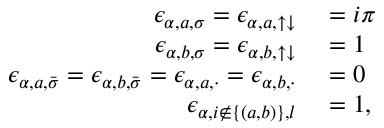
\begin{array} { r l } { \epsilon _ { \alpha , a , \sigma } = \epsilon _ { \alpha , a , \uparrow \downarrow } } & { { } = i \pi } \\ { \epsilon _ { \alpha , b , \sigma } = \epsilon _ { \alpha , b , \uparrow \downarrow } } & { { } = 1 } \\ { \epsilon _ { \alpha , a , \bar { \sigma } } = \epsilon _ { \alpha , b , \bar { \sigma } } = \epsilon _ { \alpha , a , \cdot } = \epsilon _ { \alpha , b , \cdot } } & { { } = 0 } \\ { \epsilon _ { \alpha , i \not \in \{ ( a , b ) \} , l } } & { { } = 1 , } \end{array}